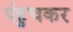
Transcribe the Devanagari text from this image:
पंहुचकर